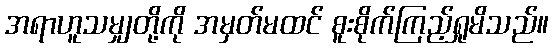
အရာဟူသမျှတို့ကို အမှတ်မထင် စူးစိုက်ကြည့်ရှုမိသည်။